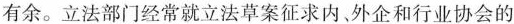
有余。立法部门经常就立法草案征求内，外企和行业协会的